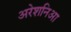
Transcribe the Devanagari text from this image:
अरेशनिआ